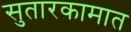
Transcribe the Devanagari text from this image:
सुतारकामात